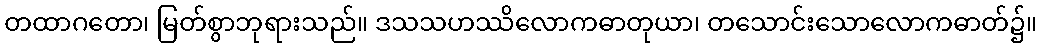
တထာဂတော၊ မြတ်စွာဘုရားသည်။ ဒသသဟဿိလောကဓာတုယာ၊ တသောင်းသောလောကဓာတ်၌။